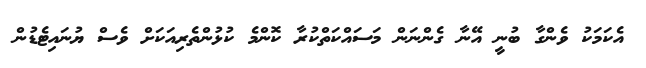
އެކަމަކު ވެންގާ ބުނީ އޭނާ ގެންނަން މަސައްކަތްކުރާ ކޮންމެ ކުޅުންތެރިއަކަށް ވެސް ޔުނައިޓެޑުން